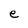
Character: e